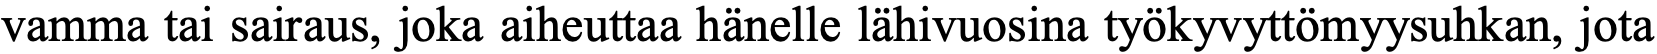
vamma tai sairaus, joka aiheuttaa hänelle lähivuosina työkyvyttömyysuhkan, jota